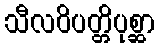
သီလဝိပတ္တိပုစ္ဆာ